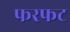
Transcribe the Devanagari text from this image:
फरफट